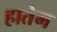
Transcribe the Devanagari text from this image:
हातेम